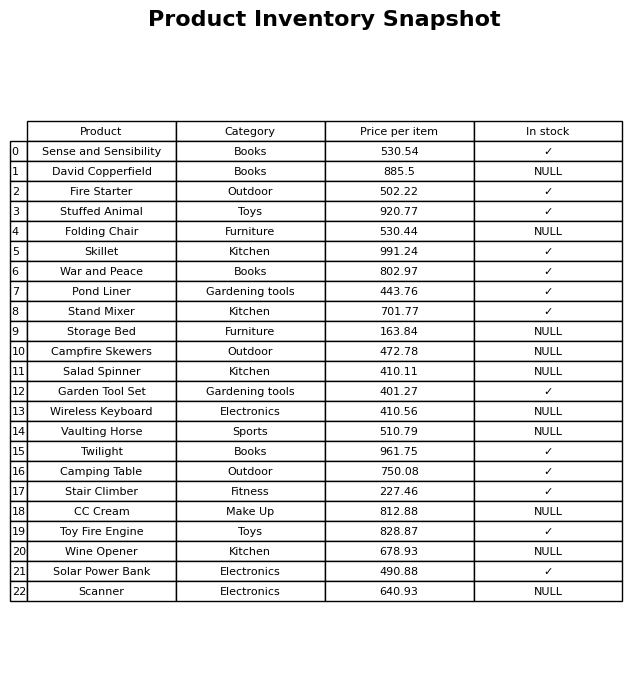
question: Which products are currently out of stock?
answer: David Copperfield, Folding Chair, Storage Bed, Campfire Skewers, Salad Spinner, Wireless Keyboard, Vaulting Horse, CC Cream, Wine Opener, Scanner